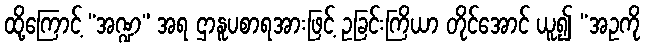
ထို့ကြောင့် “အဏ္ဍ” အရ ဌာနူပစာရအားဖြင့် ဥခြင်းကြိယာ တိုင်အောင် ယူ၍ “အဥကို